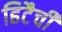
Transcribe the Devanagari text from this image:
हिटैची